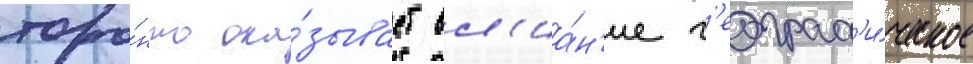
торо́нто ока́зывает вл'иа́н'ие г'еограф'и́ческое